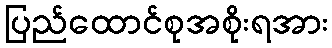
ပြည်ထောင်စုအစိုးရအား